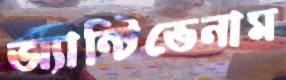
অ্যান্টিভেনাম